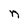
Character: n